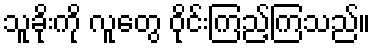
သူခိုးကို လူတွေ ဝိုင်းကြည့်ကြသည်။